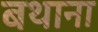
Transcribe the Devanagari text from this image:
बथाना